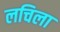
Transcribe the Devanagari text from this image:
लचिला